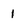
Character: 1